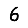
Digit: 6